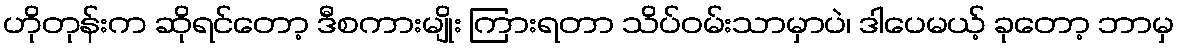
ဟိုတုန်းက ဆိုရင်တော့ ဒီစကားမျိုး ကြားရတာ သိပ်ဝမ်းသာမှာပဲ၊ ဒါပေမယ့် ခုတော့ ဘာမှ